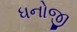
ધનોજી